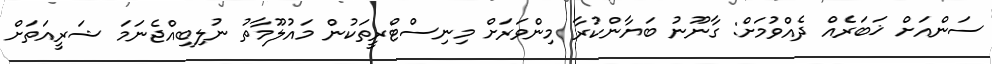
ސަންއަށް ޚަބަރެއް ދެއްވުމަށް: ގާނޫނު ބަޔާންކުރާ މިންވަރަށް މިނިސްޓްރީތަކުން މައުލޫމާތު ނުލިބިއްޖެނަމަ ޝަރީއަތަށް